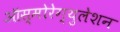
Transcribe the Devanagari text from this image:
ऑस्मोरेग्युलेशन